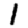
Digit: 1